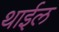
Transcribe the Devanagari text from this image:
थाईल